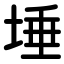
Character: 埵